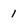
Character: 1